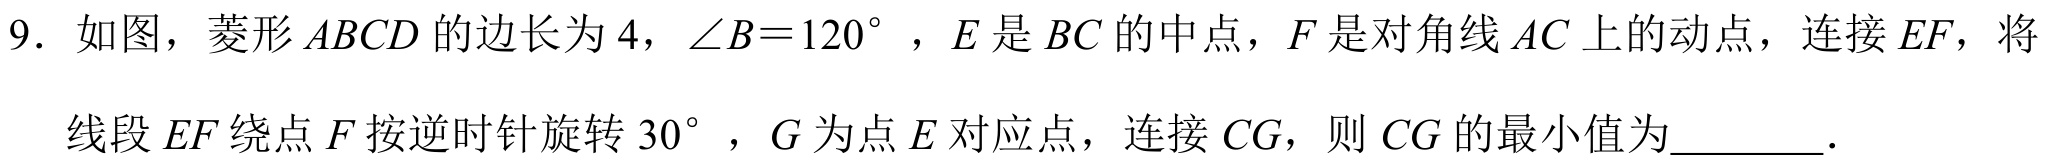
9. 如图，菱形\(ABCD\)的边长为\(4\)，\(\angle B = 120^{\circ}\)，\(E\)是\(BC\)的中点，\(F\)是对角线\(AC\)上的动点，连接\(EF\)，将
线段\(EF\)绕点\(F\)按逆时针旋转\(30^{\circ}\)，\(G\)为点\(E\)对应点，连接\(CG\)，则\(CG\)的最小值为________．